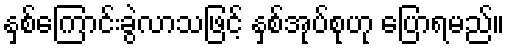
နှစ်ကြောင်းခွဲလာသဖြင့် နှစ်အုပ်စုဟု ပြောရမည်။